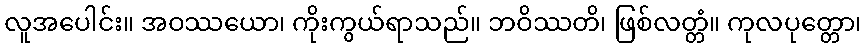
လူအပေါင်း။ အဝဿယော၊ ကိုးကွယ်ရာသည်။ ဘဝိဿတိ၊ ဖြစ်လတ္တံ။ ကုလပုတ္တော၊